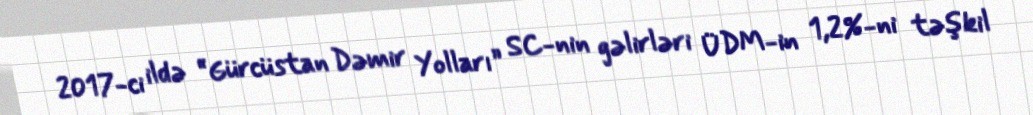
2017-ci ildə “Gürcüstan Dəmir Yolları” SC-nin gəlirləri ÜDM-in 1,2%-ni təşkil